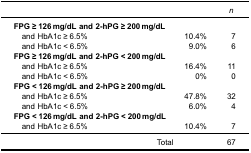
|  |  | n |
 | --- | --- | --- |
 | FPG ≥ 126 mg/dL and 2-hPG ≥ 200 mg/dL |  |  |
 | and HbA1c ≥ 6.5% | 10.4% | 7 |
 | and HbA1c < 6.5% | 9.0% | 6 |
 | FPG ≥ 126 mg/dL and 2-hPG < 200 mg/dL |  |  |
 | and HbA1c ≥ 6.5% | 16.4% | 11 |
 | and HbA1c < 6.5% | 0% | 0 |
 | FPG < 126 mg/dL and 2-hPG ≥ 200 mg/dL |  |  |
 | and HbA1c ≥ 6.5% | 47.8% | 32 |
 | and HbA1c < 6.5% | 6.0% | 4 |
 | FPG < 126 mg/dL and 2-hPG < 200 mg/dL |  |  |
 | and HbA1c ≥ 6.5% | 10.4% | 7 |
 | Total |  | 67 |